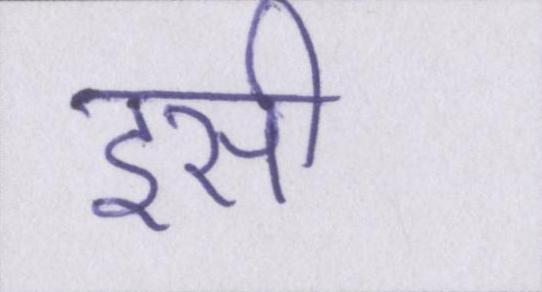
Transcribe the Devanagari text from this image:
इसी